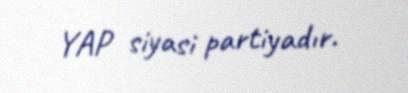
YAP siyasi partiyadır.